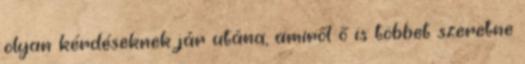
olyan kérdéseknek jár utána, amiről ő is többet szeretne